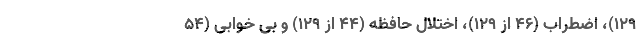
۱۲۹)، اضطراب (۴۶ از ۱۲۹)، اختلال حافظه (۴۴ از ۱۲۹) و بی خوابی (۵۴